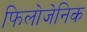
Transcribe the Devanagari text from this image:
फिलोजेनिक